Annual report of the Punjab Veterinary College and of the Civil Veterinary Department, Punjab - 1909-1919
Year: 1909
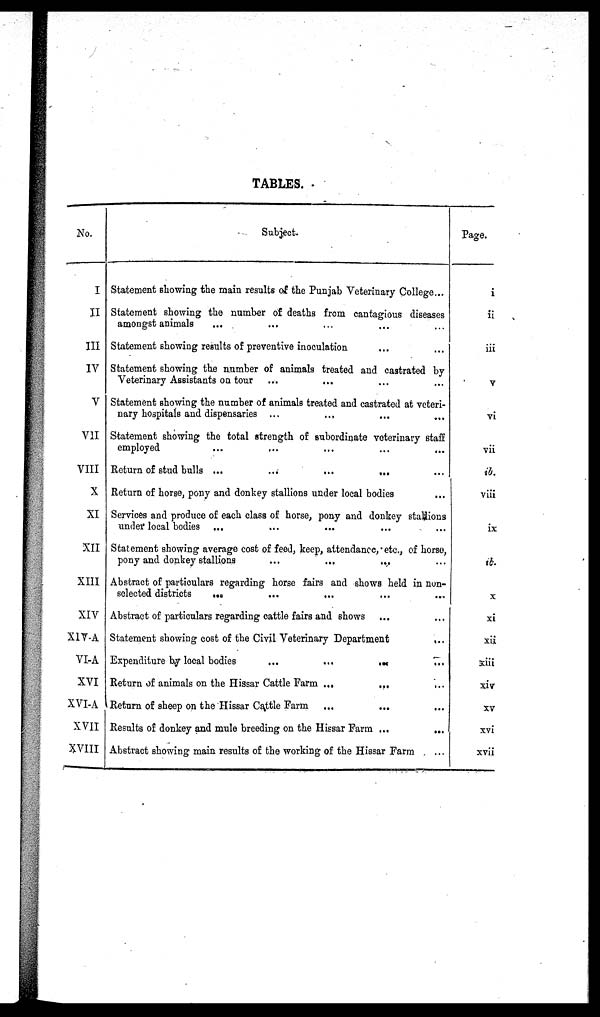
TABLES.
No.
I
II
III
IV
V
VII
VIII
X
XI
XII
XIII
XIV
XIV-A
VI-A
XVI
XVI-A
XVII
XVIII
Subject.
Statement showing the main results of the Punjab Veterinary College ...
Statement showing the number of deaths from cantagious diseases
amongst animals
... ... ... ... ...
Statement showing results of preventive inoculation
...
...
Statement showing the number of animals treated and castrated by
Veterinary Assistants on tour
...
... ... ...
Statement showing the number of animals treated and castrated at veteri-
nary hospitals and dispensaries ...
... ... ...
Statement showing the total strength of subordinate veterinary staff
employed
Return of stud bulls ...
...
...
...
Return of horse, pony and donkey stallions under local bodies ...
Services and produce of each class of horse, pony and donkey stallions
under local bodies ... ... ... ...
Statement showing average cost of feed, keep, attendance, etc., of horse,
pony and donkey stallions
...
...
...
Abstract of particulars regarding horse fairs and shows held in non¬
selected districts ... ... ... ... ... ...
Abstract of particulars regarding cattle fairs and shows
Statement showing cost of the Civil Veterinary Department
...
Expenditure by local bodies
...
...
...
...
Return of animals on the Hissar Cattle Farm ...
...
...
Return of sheep on the Hissar Cattle Farm ... ...
Results of donkey and mule breeding on the Hissar Farm ...
...
Abstract showing main results of the working of the Hissar Farm ...
Page.
i
ii
iii
v
vi
vii
ib.
viii
ix
ib.
x
xi
xii
xiii
xiv
xv
xvi
xvii